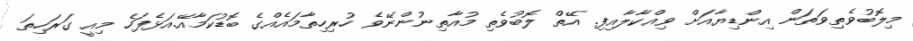
މިލޮބުވެތިވަތަން އިންޑިޔާއަށް ވިއްކާލާއިފި. އޭތް ލޮބުވެތި މުއާތިނުންނޭވެ ހުރިހިތާމައެއްގެ ބޮޑުކަމާއޭ.އަޅެފަހެ މިއީ ގަރަހިތަ